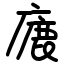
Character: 廘